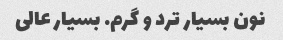
نون بسیار ترد و گرم. بسیار عالی